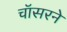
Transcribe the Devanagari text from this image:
चॉसरने